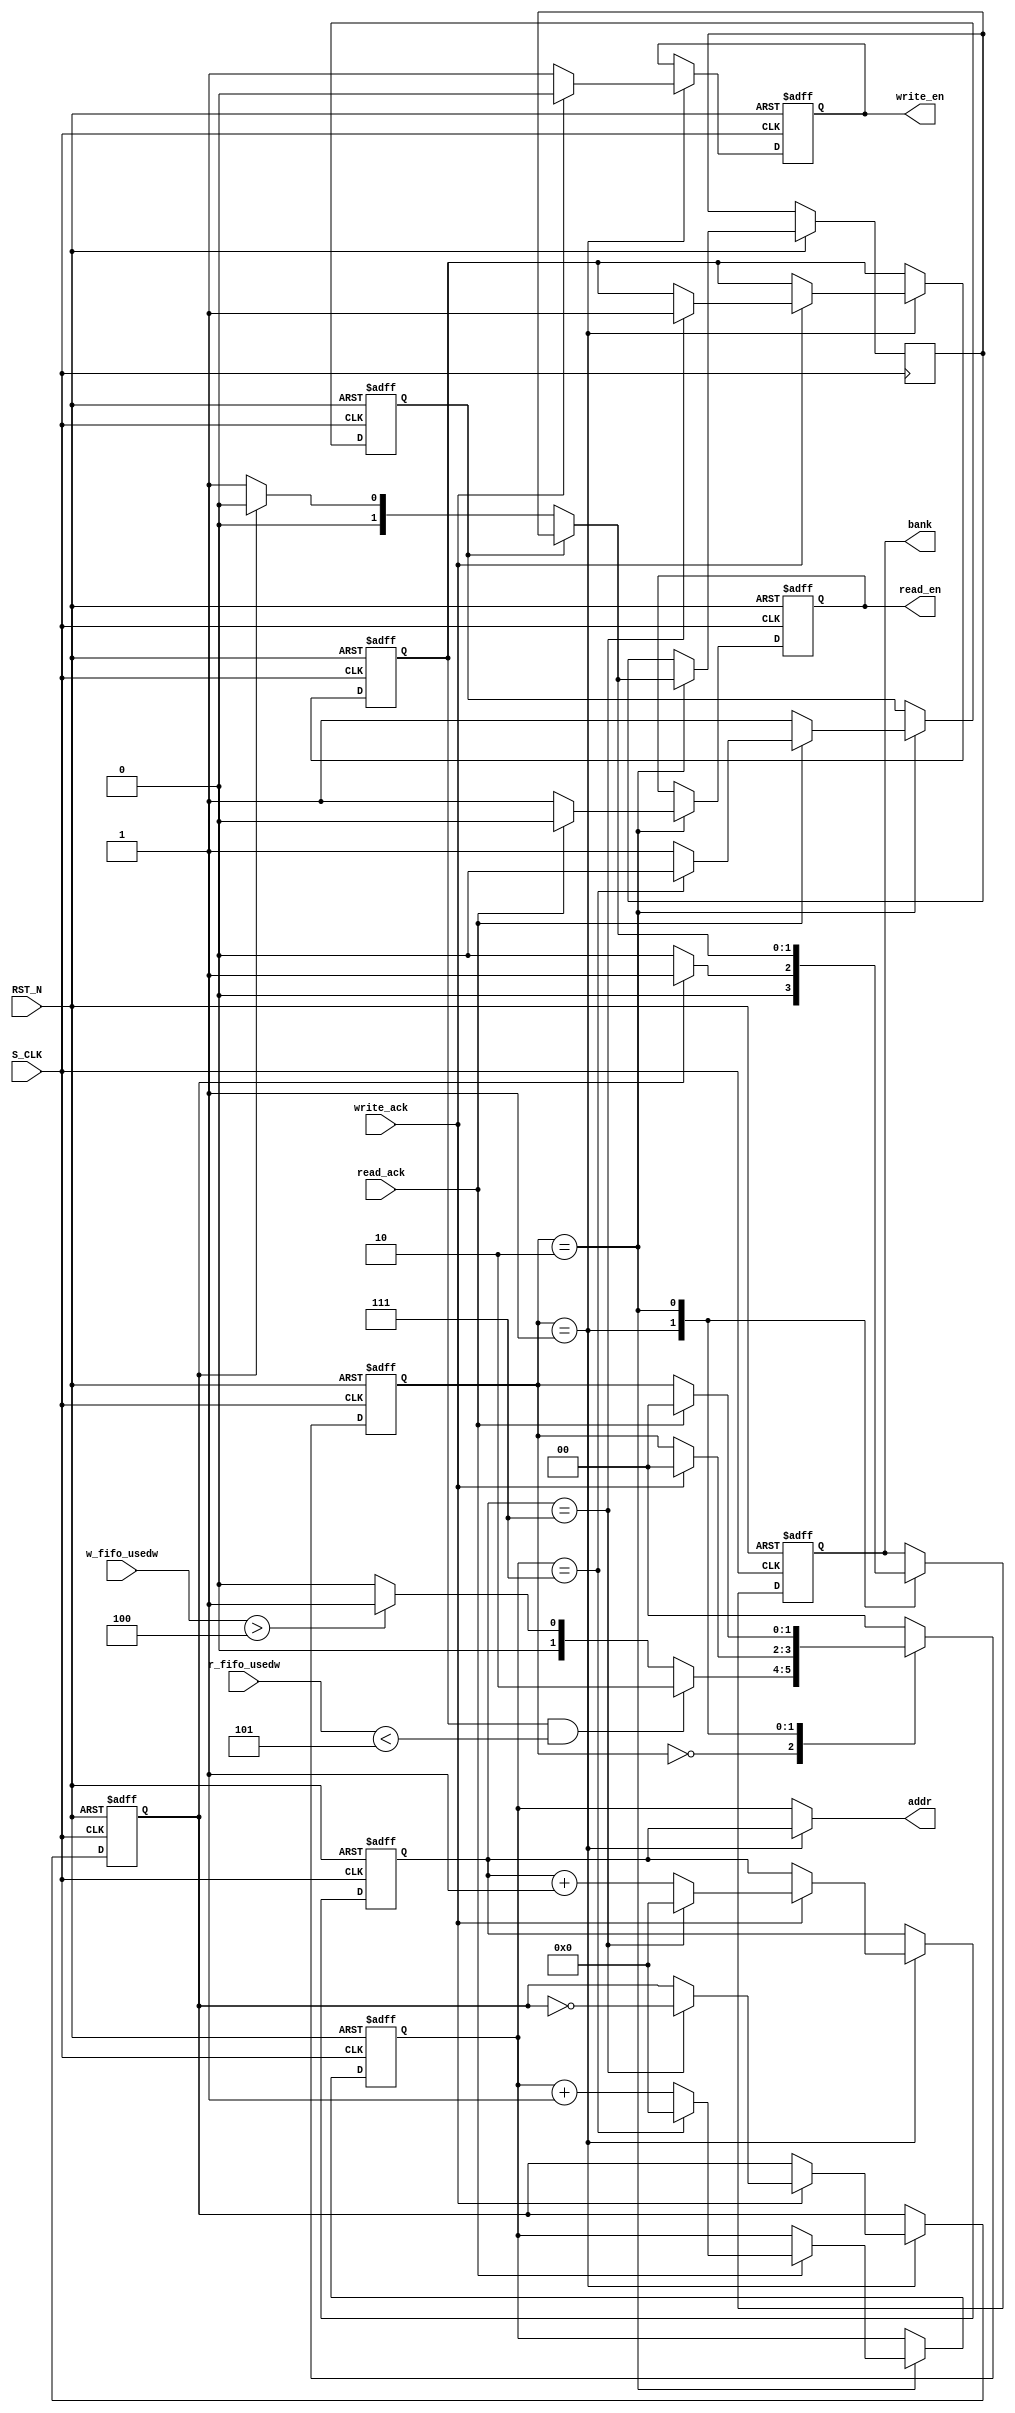
`timescale 1ns / 1ns
module SDRAM_CTRL(
input								S_CLK					,				//
input								RST_N					,				//

input				[8:0]			w_fifo_usedw			,				//fifo
input				[8:0]			r_fifo_usedw			,				//fifo



output				[19:0]			addr					,				//SDRAM
output		reg		[1:0]			bank					,
input								write_ack				,				//		
output		reg						write_en				,				//SDRAM
input								read_ack				,				//
output		reg						read_en									//SDRAM
);
//--------------------------------------------------------
//--
//--------------------------------------------------------
reg					[1:0]				STATE					;
reg					[19:0]				addr_w					;
reg					[19:0]				addr_r					;
reg										w_bank_flag				;	
reg										r_bank_flag				;	
reg										pp_flag					;	

reg					[1:0]				r_bank_reg				;



//--------------------------------------------------------
//--
//--------------------------------------------------------
localparam		IDLE = 2'D0 ,WRITE =2'D1 ,READ =2'D2 ;

//---------------------------------------------------
//-- 
//---------------------------------------------------
assign addr = (STATE == WRITE) ? addr_w : addr_r ;

// //
// always@(posedge S_CLK or negedge RST_N) begin
// 	if(!RST_N) begin
// 		STATE <= IDLE ;
// 	end
// 	else begin
// 		STATE <= STATE_n ;
// 	end
// end

//---------------------------------------------------
//-- 
//---------------------------------------------------
always @ (posedge S_CLK or negedge RST_N) begin
    if(!RST_N) begin
    	STATE <= IDLE ;
    	addr_w <= 'b0 ;
    	addr_r <= 'b0 ;
    	r_bank_flag <= 'b0 ;
    	w_bank_flag <= 'b0 ;
    	pp_flag <= 'b0 ;
    	write_en <= 'b0 ;
    	read_en <= 'b0 ;
    	bank <= 'b0 ;
    end
    else begin
    	case(STATE)
			IDLE :begin
				if (pp_flag && r_fifo_usedw < 'd5) begin	//()
					STATE <= READ ;
				end
				else if (w_fifo_usedw > 'd4) begin		//
					STATE <= WRITE ;
				end
				else begin
					STATE <= IDLE ;
				end
			end
			WRITE :begin
				//---------------------------------------------------
				//-- bank
				if (w_bank_flag) begin
					bank <= 2'b01 ;
				end
				else begin
					bank <= 2'b00 ;
				end
				//---------------------------------------------------
				//-- 
				if (write_ack) begin
					STATE <= IDLE ;
					write_en <= 'b0 ;
					addr_w <= addr_w + 1'b1 ;
					if (addr_w == 'd7) begin
						addr_w <= 'b0 ;
						w_bank_flag <= ~ w_bank_flag ;
						//---------------------------------------------------
						//-- 
						if (!pp_flag) begin
							pp_flag <= 'b1 ;
						end
					end
					
				end
				else begin
					write_en <= 'b1 ;
				end
			end
			READ : begin
				//---------------------------------------------------
				//-- bank
				if (!r_bank_flag) begin			//bank
					r_bank_flag <= 'b1 ;
					if (w_bank_flag) begin		//bank
						bank <= 2'b00 ;
						r_bank_reg <= 2'b00 ;
					end
					else begin
						bank <= 2'b01 ;
						r_bank_reg <= 2'b01 ;
					end
				end
				else begin
					bank <= r_bank_reg ;
				end
				
				//---------------------------------------------------
				//-- 
				if (read_ack) begin
					STATE <= IDLE ;
					read_en <= 'b0 ;
					addr_r <= addr_r + 1'b1 ;
					if (addr_r == 'd7) begin
						addr_r <= 'b0 ;
						r_bank_flag <= 'b0 ;
					end
				end
				else begin
					read_en <= 'b1 ;
				end
			end
			default :begin
				STATE <= IDLE ;
			end
		endcase
    end
end


// //-------------------------------------
// //-- write_ack
// //-------------------------------------
// always @ (posedge S_CLK or negedge RST_N)begin
//     if(!RST_N) begin
//     	w_ack_now <= 1'b0 ;
//     	w_ack_pre <= 1'b0 ;
//     end
//     else begin
//     	w_ack_now <=  write_ack;
//     	w_ack_pre <=  w_ack_now;
//     end
// end
// //---- 
// assign w_ack_pedg = (!w_ack_pre && w_ack_now) ? 1'b1 : 1'b0 ;

// //-------------------------------------
// //-- read_ack
// //-------------------------------------
// always @ (posedge S_CLK or negedge RST_N)begin
//     if(!RST_N) begin
//     	r_ack_now <= 1'b0 ;
//     	r_ack_pre <= 1'b0 ;
//     end
//     else begin
//     	r_ack_now <=  read_ack;
//     	r_ack_pre <=  r_ack_now;
//     end
// end
// //---- 
// assign r_ack_pedg = (!r_ack_pre && r_ack_now) ? 1'b1 : 1'b0 ;

endmodule